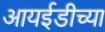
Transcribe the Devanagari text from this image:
आयईडीच्या